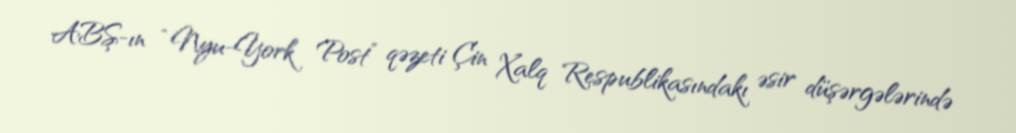
ABŞ-ın “Nyu-York Post” qəzeti Çin Xalq Respublikasındakı əsir düşərgələrində